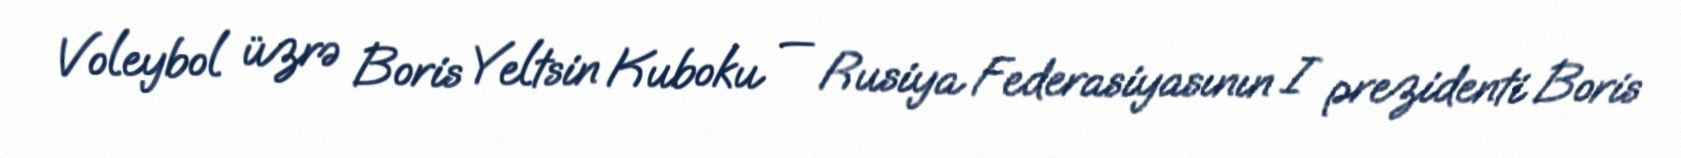
Voleybol üzrə Boris Yeltsin Kuboku — Rusiya Federasiyasının I prezidenti Boris